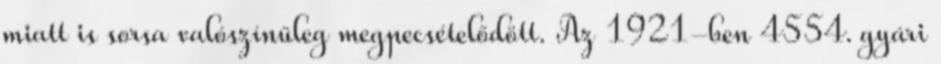
miatt is sorsa valószínűleg megpecsételődött. Az 1921-ben 4554. gyári